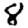
Digit: 8